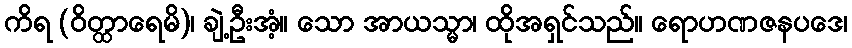
ကိရ (ဝိတ္ထာရေမိ)၊ ချဲ့ဦးအံ့။ သော အာယသ္မာ၊ ထိုအရှင်သည်။ ရောဟဏဇနပဒေ၊